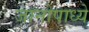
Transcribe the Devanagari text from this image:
जानोपाध्ये